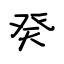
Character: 癸